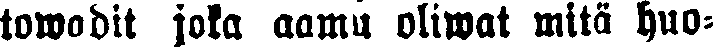
towadit joka aamu oliwat mitä huo-